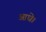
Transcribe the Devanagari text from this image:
आधे।